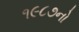
૧૯૮૭નો